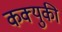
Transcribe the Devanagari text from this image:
कक्युकी